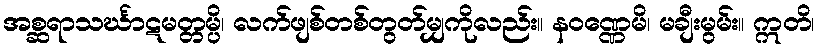
အစ္ဆရာသင်္ဃာဋမတ္တမ္ပိ၊ လက်ဖျစ်တစ်တွတ်မျှကိုလည်း။ နဝဏ္ဏေမိ၊ မချီးမွမ်း။ ဣတိ၊